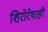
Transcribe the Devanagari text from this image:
शिरोरेषाही